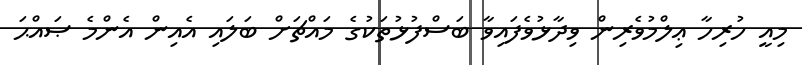
މިއީ ހުރިހާ ޢިލްމުވެރިން ވިދާޅުވެފައިވާ ބަސްފުޅުތަކުގެ މައްޗަށް ބަލައި އެއިން އެންމެ ޞައްޙަ